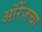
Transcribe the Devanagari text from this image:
ऑरेंजचा